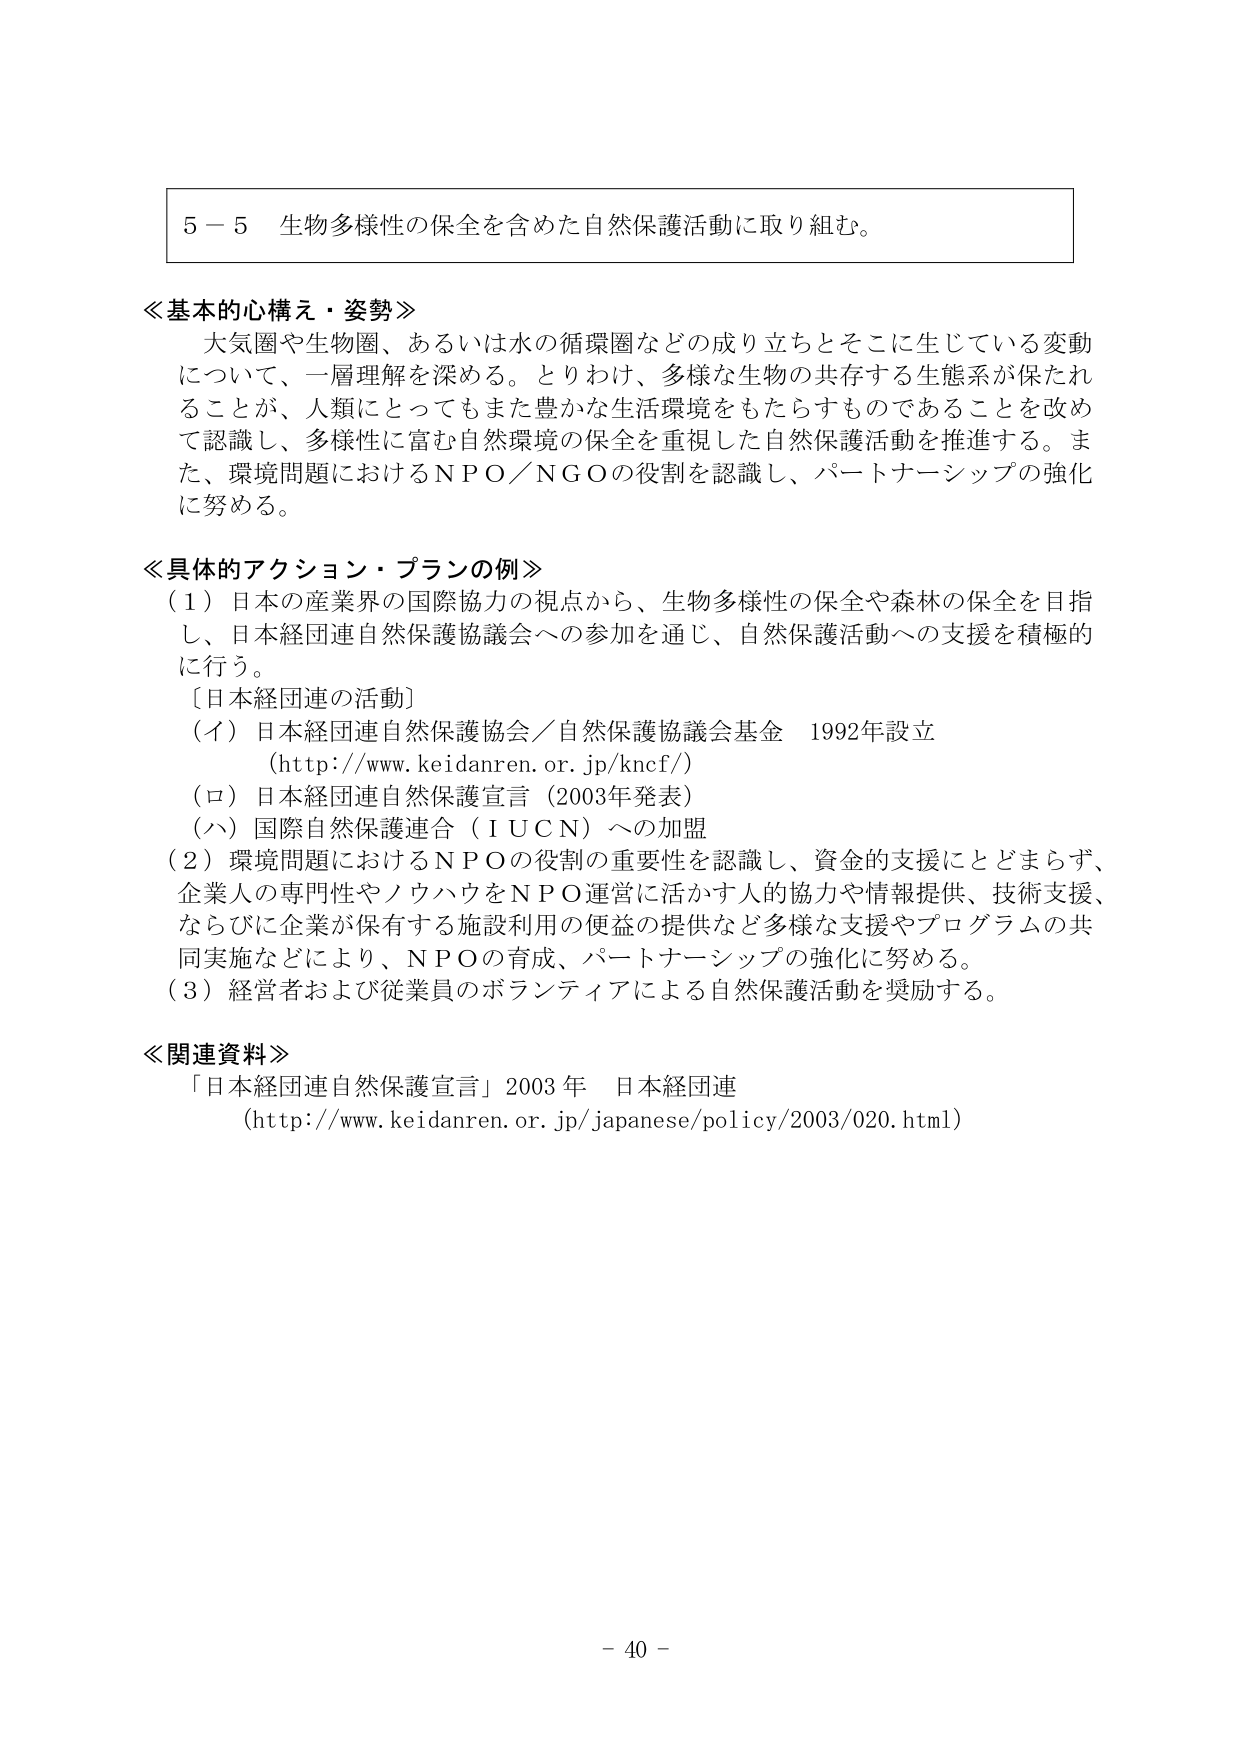
5－5 生物多様性の保全を含めた自然保護活動に取り組む。

≪基本的心構え・姿勢≫
大気圏や生物圏、あるいは水の循環圏などの成り立ちとそこに生じている変動
について、一層理解を深める。とりわけ、多様な生物の共存する生態系が保たれ
ることが、人類にとってもまた豊かな生活環境をもたらすものであることを改め
て認識し、多様性に富む自然環境の保全を重視した自然保護活動を推進する。ま
た、環境問題におけるＮＰＯ／ＮＧＯの役割を認識し、パートナーシップの強化
に努める。

≪具体的アクション・プランの例≫
（1）日本の産業界の国際協力の視点から、生物多様性の保全や森林の保全を目指
し、日本経団連自然保護協議会への参加を通じ、自然保護活動への支援を積極的
に行う。
［日本経団連の活動］
（イ）日本経団連自然保護協会／自然保護協議会基金 1992年設立
（http://www.keidanren.or.jp/kncf/）
（ロ）日本経団連自然保護宣言（2003年発表）
（ハ）国際自然保護連合（ＩＵＣＮ）への加盟
（2）環境問題におけるＮＰＯの役割の重要性を認識し、資金的支援にとどまらず、
企業人の専門性やノウハウをＮＰＯ運営に活かす人的協力や情報提供、技術支援、
ならびに企業が保有する施設利用の便益の提供など多様な支援やプログラムの共
同実施などにより、ＮＰＯの育成、パートナーシップの強化に努める。
（3）経営者および従業員のボランティアによる自然保護活動を奨励する。

≪関連資料≫
「日本経団連自然保護宣言」2003年 日本経団連
（http://www.keidanren.or.jp/japanese/policy/2003/020.html）

－ 40 －